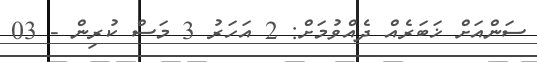
ސަންއަށް ޚަބަރެއް ދެއްވުމަށް: 2 އަހަރު 3 މަސް ކުރިން - 03